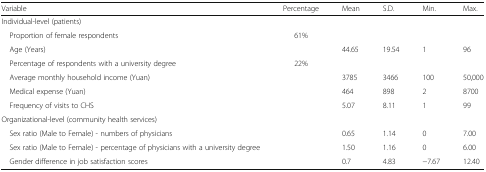
<table><thead><tr><td><b>Variable</b></td><td><b>Percentage</b></td><td><b>Mean</b></td><td><b>S.D.</b></td><td><b>Min.</b></td><td><b>Max.</b></td></tr></thead><tbody><tr><td colspan="6">Individual-level (patients)</td></tr><tr><td> Proportion of female respondents</td><td>61%</td><td></td><td></td><td></td><td></td></tr><tr><td> Age (Years)</td><td></td><td>44.65</td><td>19.54</td><td>1</td><td>96</td></tr><tr><td> Percentage of respondents with a university degree</td><td>22%</td><td></td><td></td><td></td><td></td></tr><tr><td> Average monthly household income (Yuan)</td><td></td><td>3785</td><td>3466</td><td>100</td><td>50,000</td></tr><tr><td> Medical expense (Yuan)</td><td></td><td>464</td><td>898</td><td>2</td><td>8700</td></tr><tr><td> Frequency of visits to CHS</td><td></td><td>5.07</td><td>8.11</td><td>1</td><td>99</td></tr><tr><td colspan="6">Organizational-level (community health services)</td></tr><tr><td> Sex ratio (Male to Female) - numbers of physicians</td><td></td><td>0.65</td><td>1.14</td><td>0</td><td>7.00</td></tr><tr><td> Sex ratio (Male to Female) - percentage of physicians with a university degree</td><td></td><td>1.50</td><td>1.16</td><td>0</td><td>6.00</td></tr><tr><td> Gender difference in job satisfaction scores</td><td></td><td>0.7</td><td>4.83</td><td>−7.67</td><td>12.40</td></tr></tbody></table>